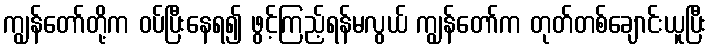
ကျွန်တော်တို့က ဝပ်ပြီးနေရ၍ ဖွင့်ကြည့်ရန်မလွယ် ကျွန်တော်က တုတ်တစ်ချောင်းယူပြီး